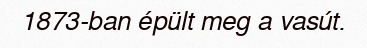
1873-ban épült meg a vasút.